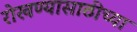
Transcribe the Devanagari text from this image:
रोखण्यासाठीच्या